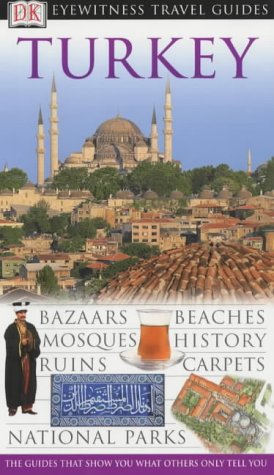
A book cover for Turkey (DK Eyewitness Travel Guide); Travel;